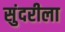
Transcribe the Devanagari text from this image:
सुंदरीला